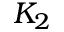
K _ { 2 }